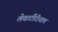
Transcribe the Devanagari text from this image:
लेवार्टीरीनाल